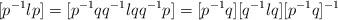
LaTeX: \begin{align*}[p^{-1} l p]=[p^{-1}q q^{-1} l q q^{-1} p]=[p^{-1}q][q^{-1}l q][p^{-1}q]^{-1}\end{align*}